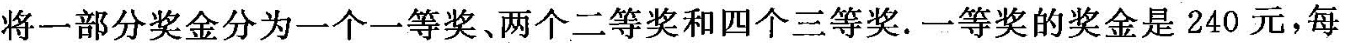
将一部分奖金分为一个一等奖、两个二等奖和四个三等奖。一等奖的奖金是240元，每